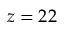
z = 2 2